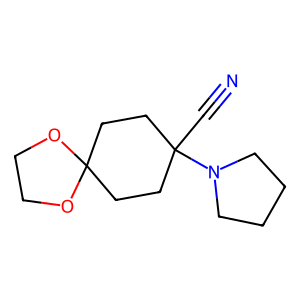
SMILES: N#CC1(N2CCCC2)CCC2(CC1)OCCO2
Inhibits HIV replication: No